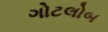
ગોટલોબ